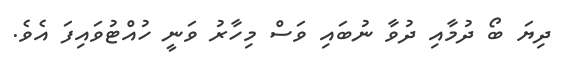
ދިޔަ ބޯ ދުމާއި ދުވާ ނުބައި ވަސް މިހާރު ވަނީ ހުއްޓުވައިފަ އެވެ.